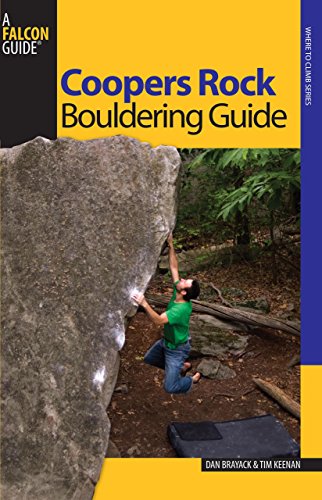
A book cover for Coopers Rock Bouldering Guide (Bouldering Series); Dan Brayack; Sports & Outdoors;